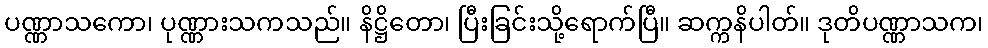
ပဏ္ဏာသကော၊ ပုဏ္ဏားသကသည်။ နိဋ္ဌိတော၊ ပြီးခြင်းသို့ရောက်ပြီ။ ဆက္ကနိပါတ်။ ဒုတိပဏ္ဏာသက၊